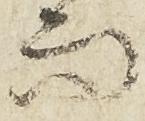
而